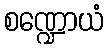
စဏ္ဍောယံ